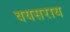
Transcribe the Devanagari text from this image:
वयसराय